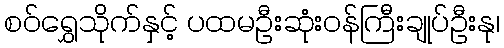
စဝ်ရွှေသိုက်နှင့် ပထမဦးဆုံးဝန်ကြီးချုပ်ဦးနု၊